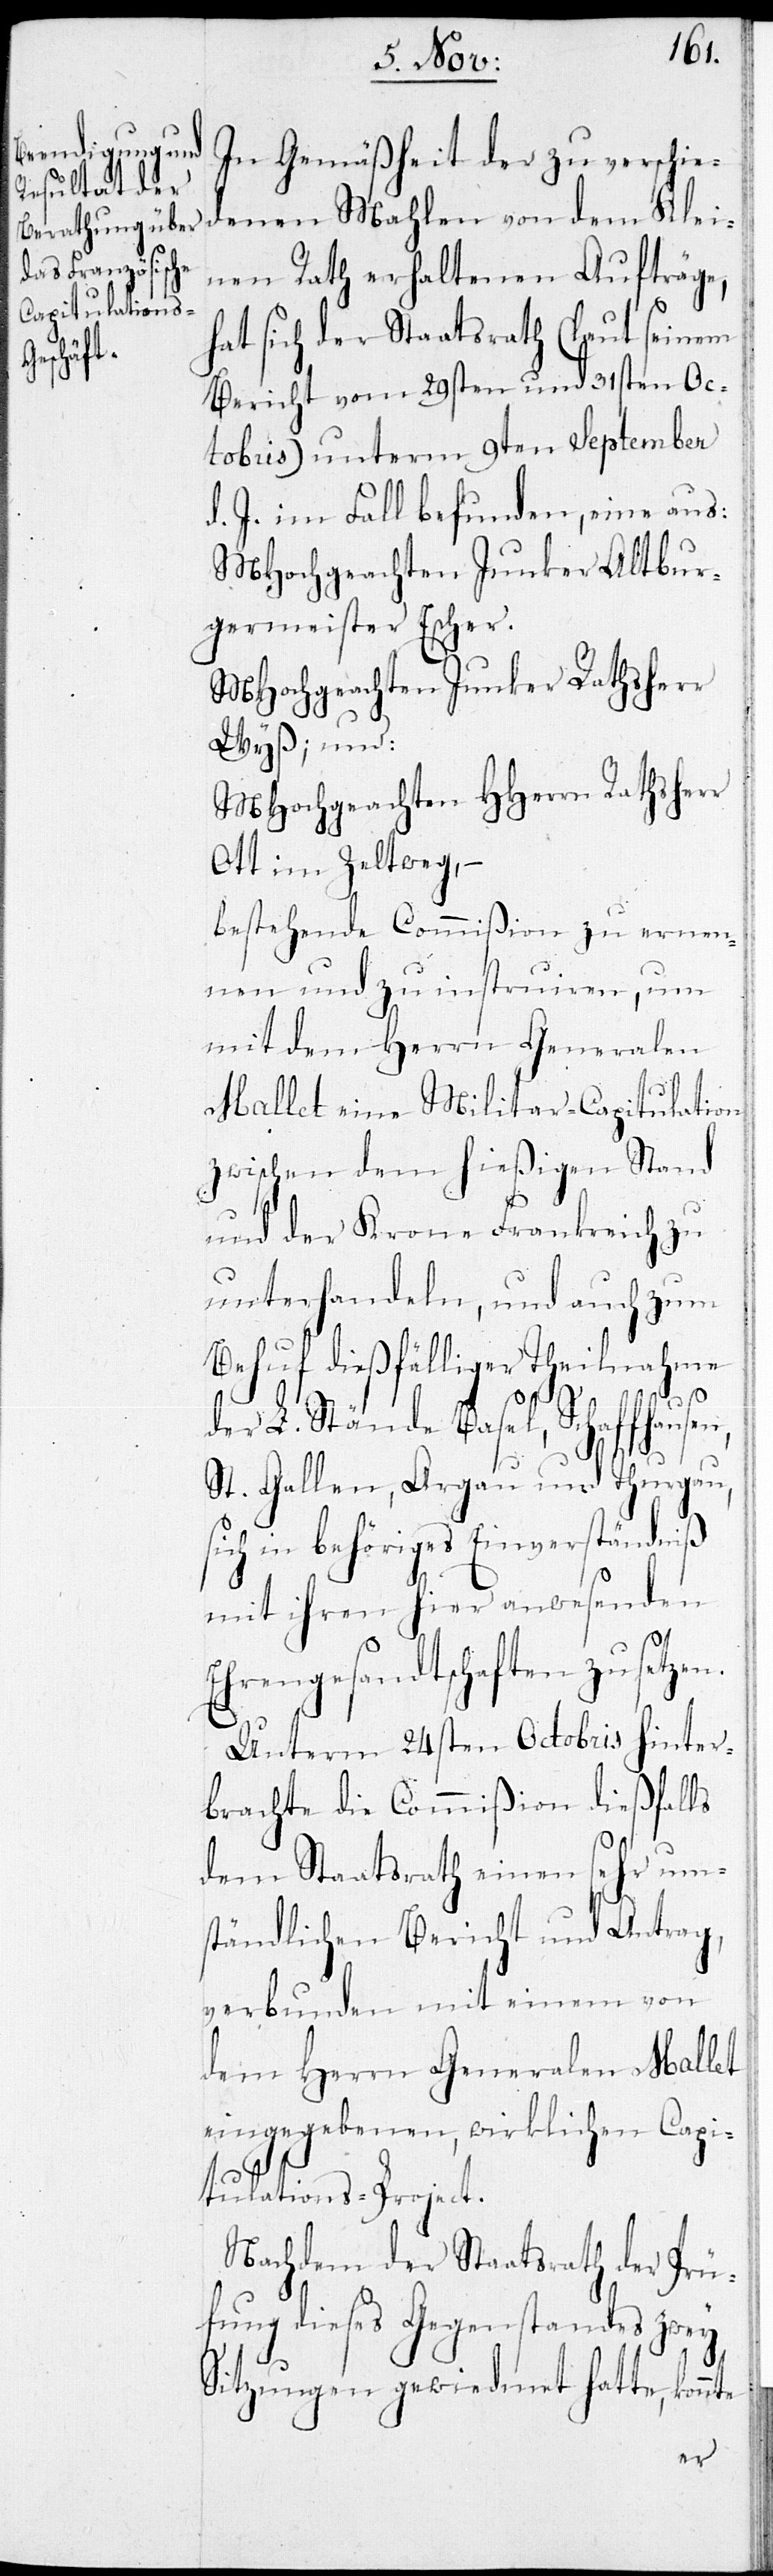
In Gemäßheit der zu verschie¬
denen Mahlen von dem Klei¬
nen Rath erhaltenen Aufträge,
nte
hat sich der Staatsrath (laut seinem
Bericht vom 29sten und 31sten Oc¬
tobris) unterm 9ten September
d. J. im Fall befunden, eine aus
MHochgeachten Junker Altbur¬
germeister Escher.
MHochgeachten Junker Rathsherr
Wyß; und:
MHochgeachten HHerren Rathsherr
Ott im Zeltweg, –
bestehende Commißion zu ernen¬
nen und zu instruiren, um
mit dem Herrn Generalen
Mallet eine Militar-Capitulation
zwischen dem hießigen Stand
und der Krone Frankreich zu
unterhandeln, und auch zum
Behuf dießfälliger Theilnahmen
der L. Stände Basel, Schaffhaus¬
St. Gallen, Aargau und Thurgau
sich in behöriges Einverständniß
mit ihren hier anwesenden
Ehrengesandtschaften zu setze¬
Unterm 24sten Octobris hinter¬
brachte die Commißion dießfalls
dem Staatsrath einen sehr um¬
ständlichen Bericht und Antrag,
verbunden mit einem von
dem Herrn Generalen Mallet
eingegebenen, wirklichen Capi¬
tulations-Project.
Nachdem der Staatsrath der Prü¬
fung dieses Gegenstandes zwey
Sitzungen gewiedmet hatte, kon¬
en,